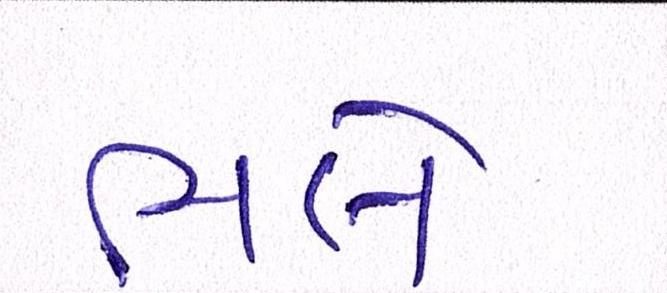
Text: ભલે